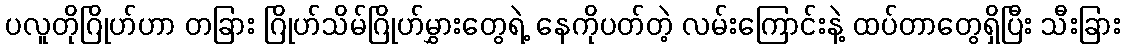
ပလူတိုဂြိုဟ်ဟာ တခြား ဂြိုဟ်သိမ်ဂြိုဟ်မွှားတွေရဲ့ နေကိုပတ်တဲ့ လမ်းကြောင်းနဲ့ ထပ်တာတွေရှိပြီး သီးခြား